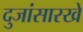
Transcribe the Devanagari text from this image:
दुजांसारखे